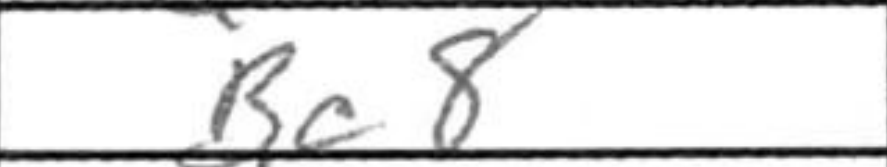
Transcription: Bc8